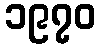
၁၉၇၀